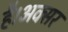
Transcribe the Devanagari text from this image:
है।अक्सर